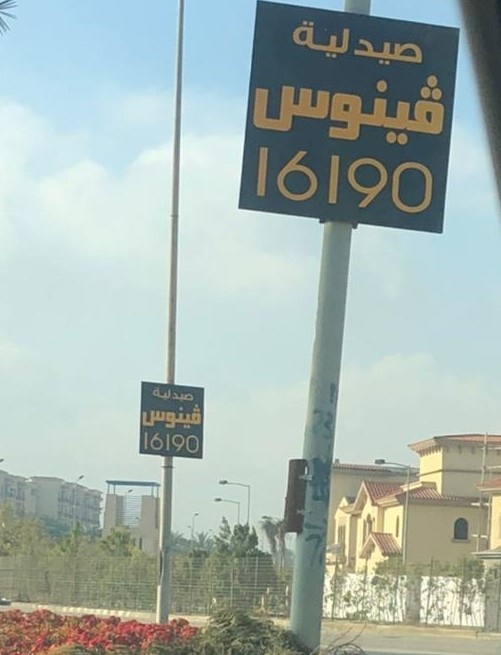
Text in image: صيدلية فينوس صيدلية فينوس 16190 16190